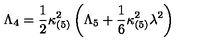
\Lambda _ { 4 } = \frac { 1 } { 2 } \kappa _ { ( 5 ) } ^ { 2 } \left( \Lambda _ { 5 } + \frac { 1 } { 6 } \kappa _ { ( 5 ) } ^ { 2 } \lambda ^ { 2 } \right)